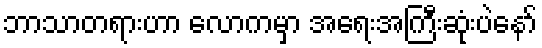
ဘာသာတရားဟာ လောကမှာ အရေးအကြီးဆုံးပဲနော်